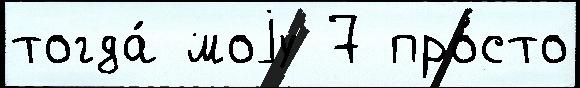
тогда́ моjу 7 про́сто